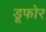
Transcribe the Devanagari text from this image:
डूफोर